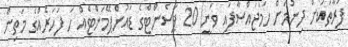
ފަރާތަކަށް ދިނުމަށް ހަމަޖައްސާފައި ވަނީ 20 ޕަސެންޓްގެ ޑައުންޕޭމަންޓެއް ހަ ފަހަރެއްގެ މަތިން